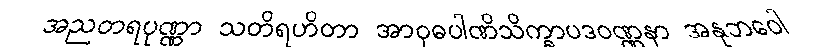
အညတရပုဏ္ဏာ သတိရဟိတာ အာဝုဓပါဏိသိက္ခာပဒဝဏ္ဏနာ အနုဘဝေါ